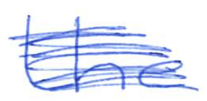
Text: the
Cross-out: scratch
Writing tool: ballpoint